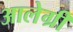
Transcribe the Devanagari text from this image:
आलेग्री